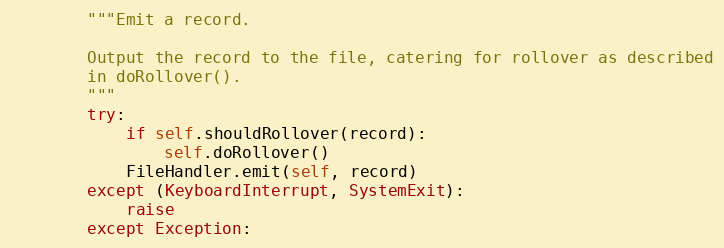
Language: Python
        """Emit a record.

        Output the record to the file, catering for rollover as described
        in doRollover().
        """
        try:
            if self.shouldRollover(record):
                self.doRollover()
            FileHandler.emit(self, record)
        except (KeyboardInterrupt, SystemExit):
            raise
        except Exception: